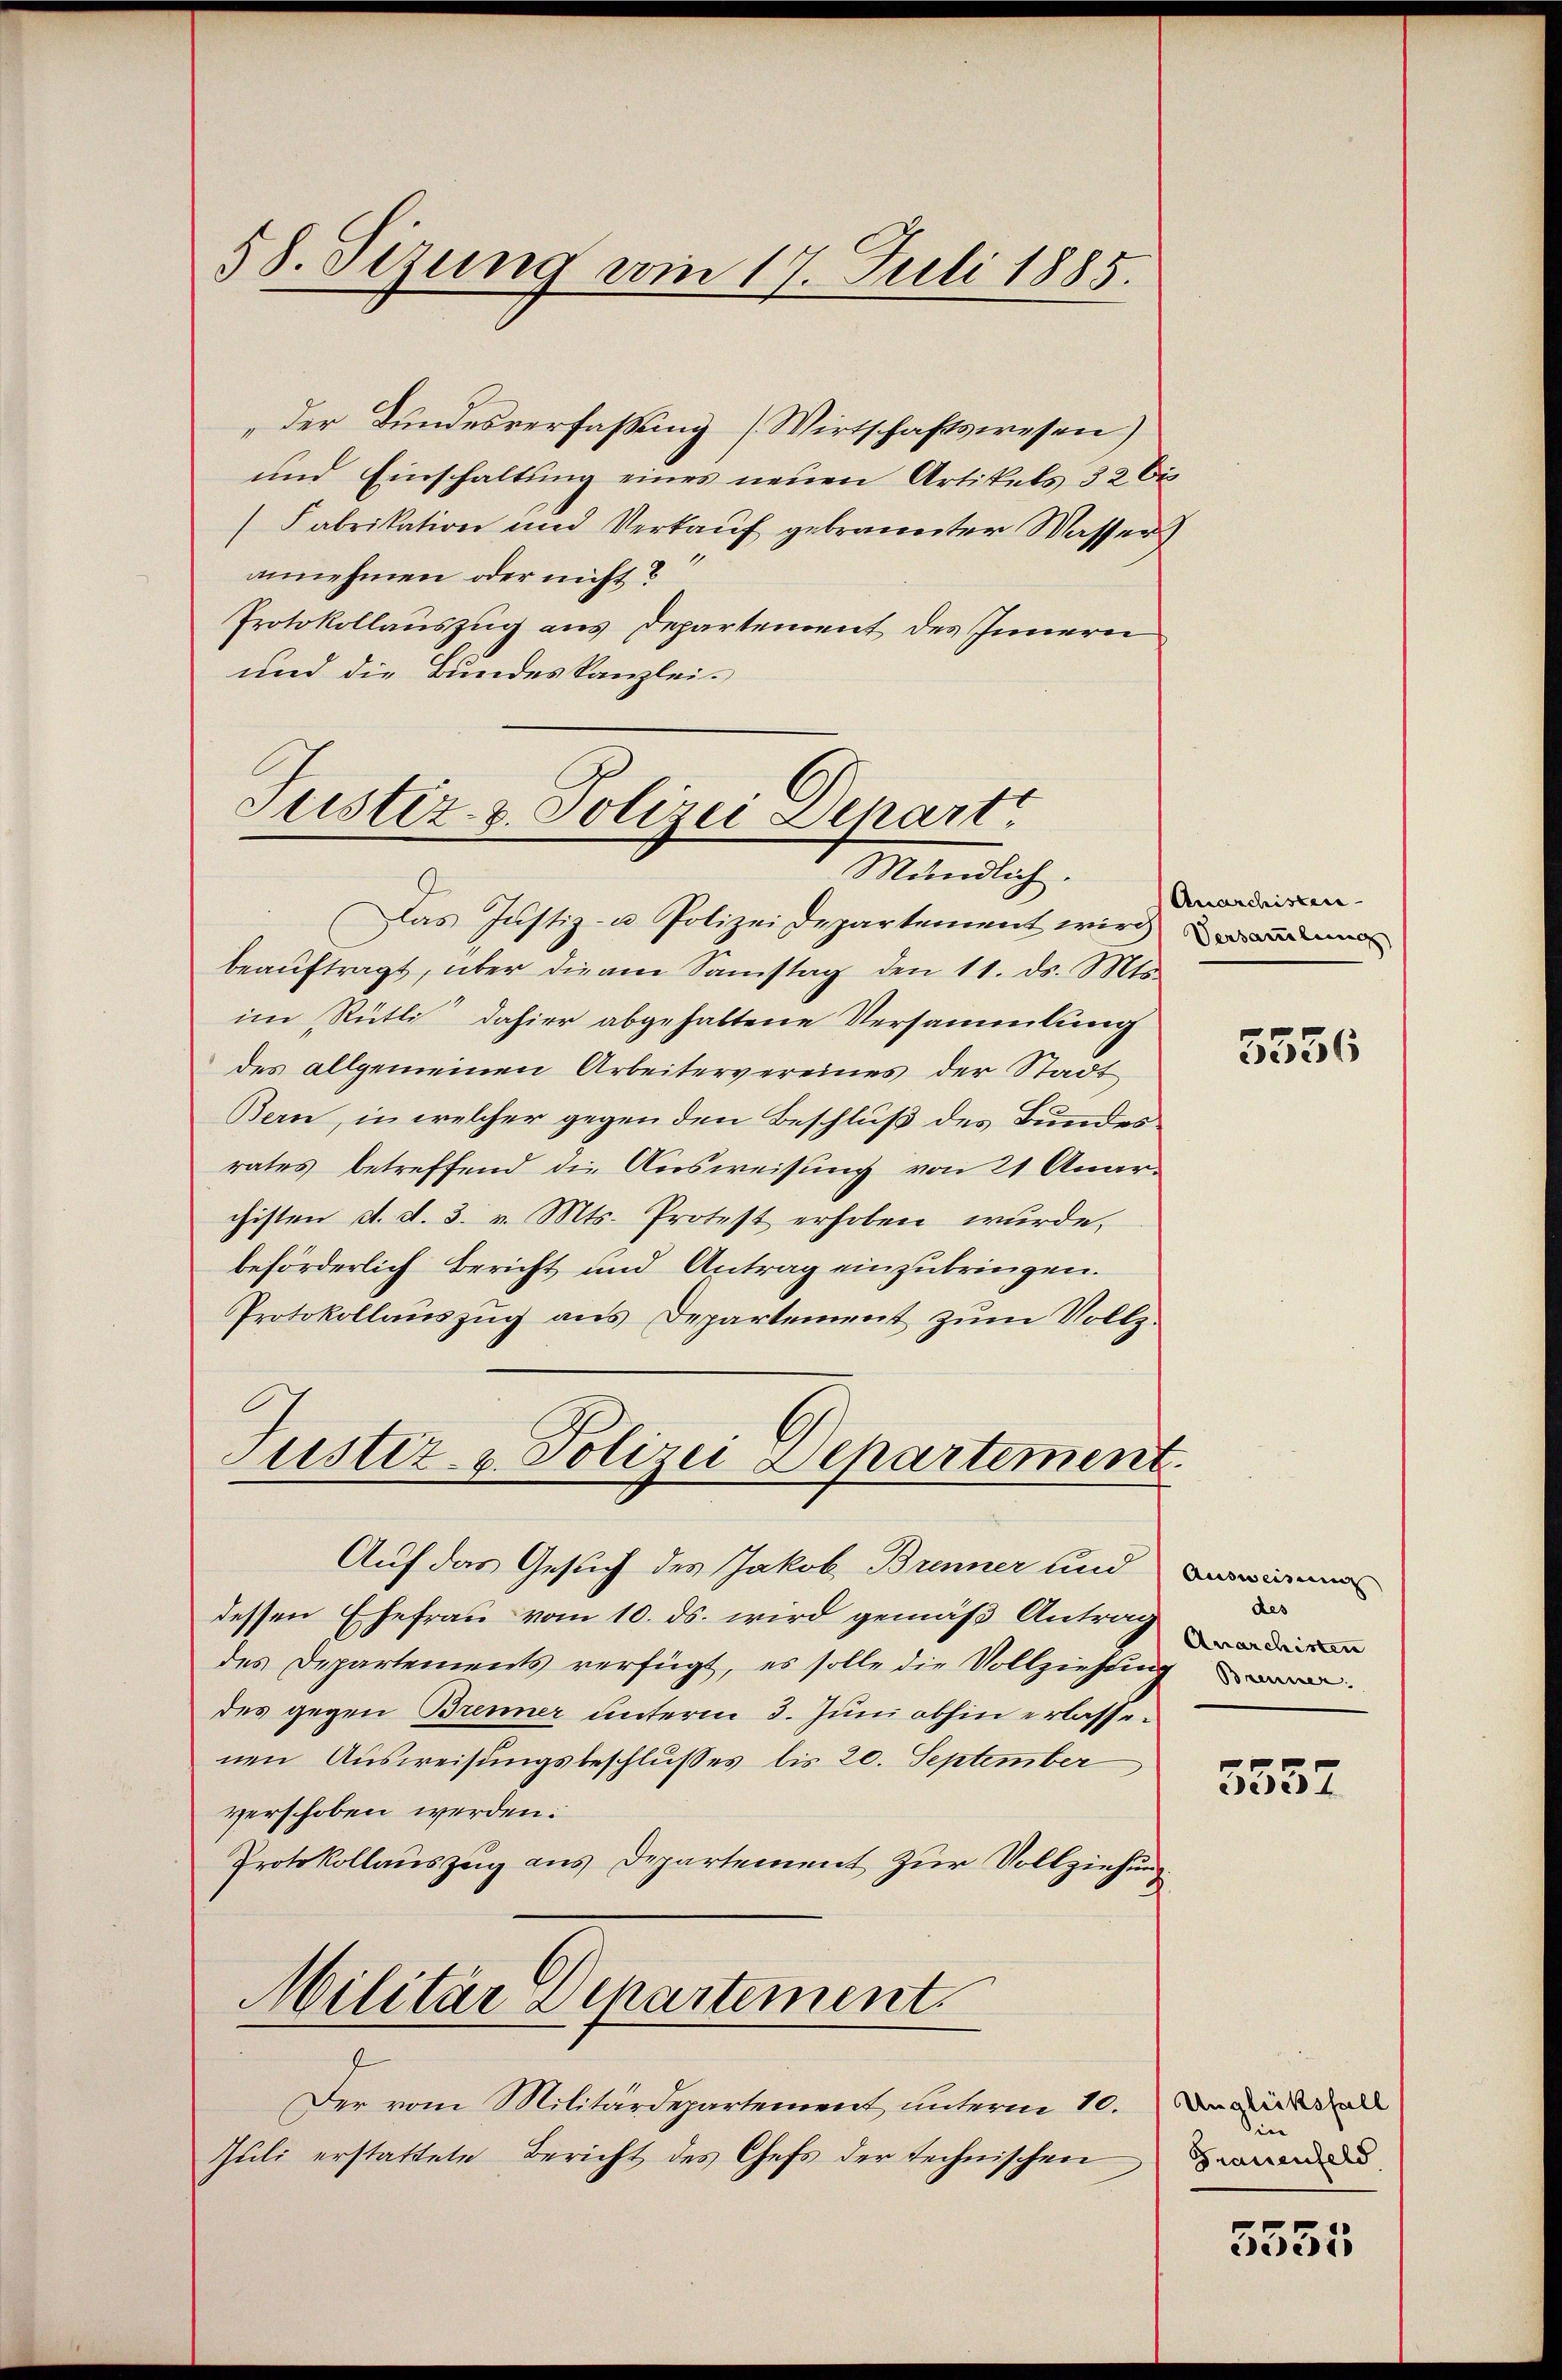
"der Bundesverfaßung (Wirtschaftswesen)
und Einschaltung eines neuen Artikels 32 bis¬
(Fabrikation und Verkauf gebrannter Wasser
annehmen oder nicht?
Protokollauszug aus Departement des Innern
und die Bundeskanzlei.

58. Sizung vom 17. Juli 1885.

Justiz- & Polizei Depart
Mündlich.

Justiz- & Polizei Departement.

Das Justiz- u. Polizeidepartement wird de
beaŭftragt, über die am Samstag den 11. ds. Mts.
im (Rütli dahier abgehaltene Versammlung
des allgemeinen Arbeitervereines der Stadt
Bern, in welcher gegen den Beschluß des Bundesrates betreffend die Ausweisung von 21 Anarchisten d. d. 3. v. Mts. Protest erhoben wurde,
beförderlich Bericht und Antrag einzubringen.
Protokollaŭszŭg ans Departement zŭm Vollz.

Auf das Gesuch des Jakob Brenner und
dessen Ehefrau vom 10. ds. wird gemäß Antrag
des Departements verfügt, es solle die Vollziehung
des gegen Brenner unterm 3. Juni abhin erlasse
nen Ausweisungsbeschlusses bis 20. September
verschoben werden.
Protokollauszug aus Departement zur Vollziehung

Militär Departement.

Der vom Militärdepartement unterm 10.
Juli erstattete Bericht des Chefs der technischen

Anarchistern

5536

Ausweisung
des
Anarchisten

5552

Unglücksfall
din
Grauenfeld.

5555